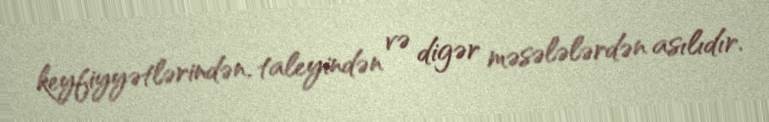
keyfiyyətlərindən, taleyindən və digər məsələlərdən asılıdır.